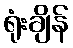
ရုံးချိန်